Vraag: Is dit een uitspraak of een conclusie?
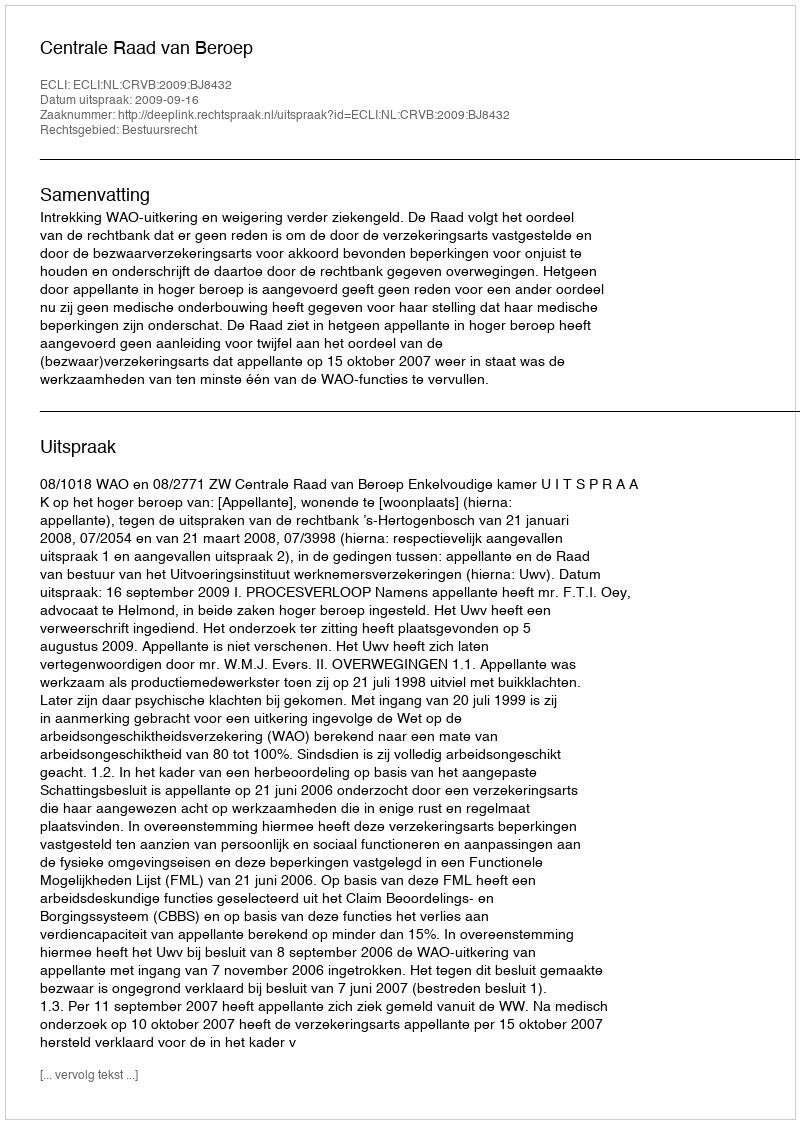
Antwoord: Uitspraak